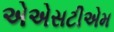
એએસટીએમ